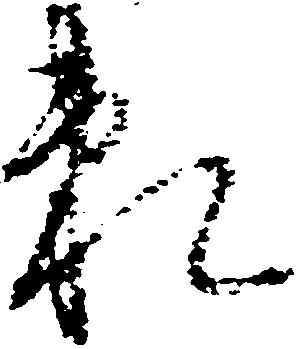
頼